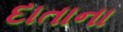
દાતાના